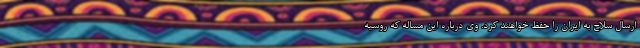
ارسال سلاح به ایران را حفظ خواهند کرد. وی درباره این مساله که روسیه